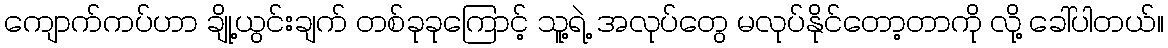
ကျောက်ကပ်ဟာ ချို့ယွင်းချက် တစ်ခုခုကြောင့် သူ့ရဲ့ အလုပ်တွေ မလုပ်နိုင်တော့တာကို လို့ ခေါ်ပါတယ်။